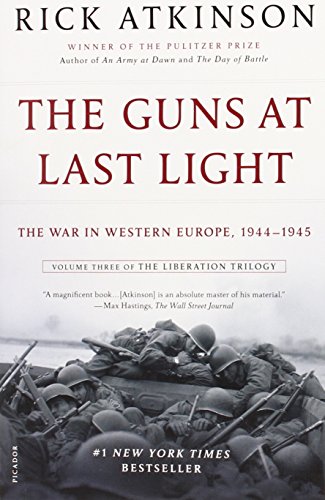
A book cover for The Guns at Last Light: The War in Western Europe, 1944-1945 (The Liberation Trilogy); Rick Atkinson; History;